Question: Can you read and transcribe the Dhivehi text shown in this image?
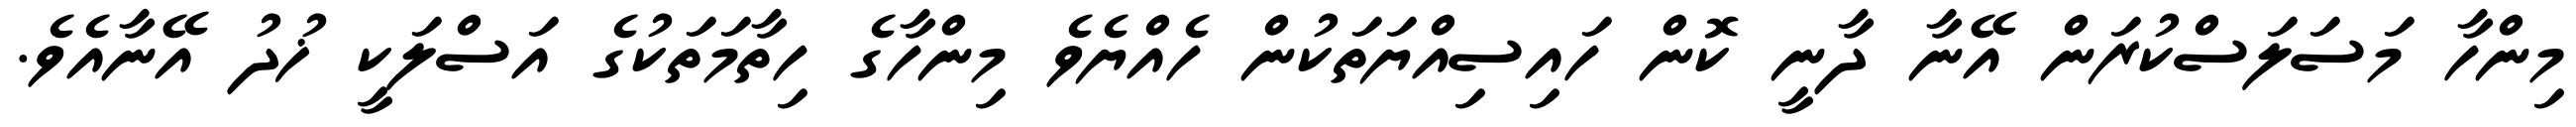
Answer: މިންހާ މަސަލަސްކުރަން އޭނާ ދާނީ ކޮން ހައިސިއްޔަތަކުން ހެއްޔެވެ މިންހާގެ ހިތާމަތަކުގެ އަސްލަކީ ޚުދު އޭނާއެވެ.